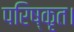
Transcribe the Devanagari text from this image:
परिष्कृत।